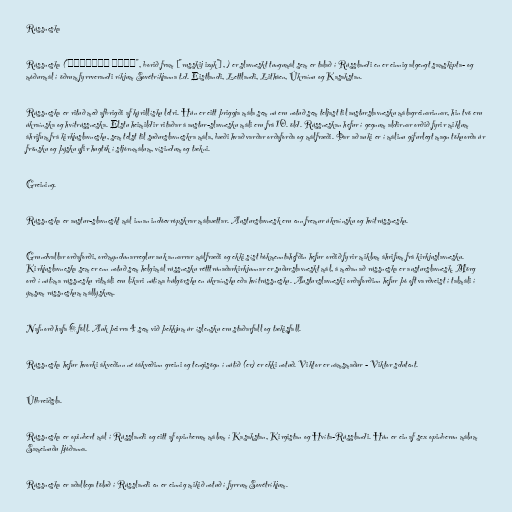
Rússneska

Rússneska ("русский язык", borið fram ["russkij izyk"], ) er slavneskt tungumál sem er talað í Rússlandi en er einnig algengt samskipta- og
móðurmál í öðrum fyrrverandi ríkjum Sovétríkjanna t.d. Eistlandi, Lettlandi, Litháen, Úkraínu og Kasakstan.

Rússneska er rituð með afbrigði af kýrillísku letri. Hún er eitt þriggja mála sem nú eru notuð sem teljast til austurslavnesku málagreinarinnar, hin tvö eru
úkraínska og hvítrússneska. Elstu heimildir ritaðar á austur-slavnesku máli eru frá 10. öld. Rússneskan hefur í gegnum aldirnar orðið fyrir miklum
áhrifum frá kirkjuslavnesku, sem telst til suðurslavneskra mála, bæði hvað varðar orðaforða og málfræði. Þar að auki er í málinu gífurlegt magn tökuorða úr
frönsku og þýsku yfir hugtök í stjórnmálum, vísindum og tækni.

Greining.

Rússneska er austur-slavneskt mál innan indóevrópskrar málaættar. Austurslavnesk eru enn fremur úkraínsku og hvítrússnesku.

Grundvallar orðaforði, orðmyndunarreglur auk annarrar málfræði og ekki síst bókmenntahefðin hefur orðið fyrir miklum áhrifum frá kirkjuslavnesku.
Kirkjuslavneska sem er enn notuð sem helgimál rússnesku rétttrúnaðarkirkjunnar er suðurslavneskt mál, á meðan að rússneska er austurslavnesk. Mörg
orð í nútíma rússnesku ritmáli eru líkari nútíma búlgörsku en úkraínsku eða hvítrússnesku. Austurslavneski orðaforðinn hefur þó oft varðveist í talmáli í
ýmsum rússneskum mállýskum.

Nafnorð hafa 6 föll. Auk þeirra 4 sem við þekkjum úr íslensku eru staðarfall og tækisfall.

Rússneska hefur hvorki ákveðinn né óákveðinn greini og tengisögn í nútíð (er) er ekki notuð. Viktor er námsmaður - Viktor sdutent.

Útbreiðsla.

Rússneska er opinbert mál í Rússlandi og eitt af opinberum málum í Kasakstan, Kirgistan og Hvíta-Rússlandi. Hún er ein af sex opinberun málum
Sameinuðu þjóðanna.

Rússneska er aðallega töluð í Rússlandi en er einnig mikið notuð í fyrrum Sovétríkjum.